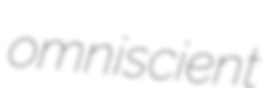
omniscient